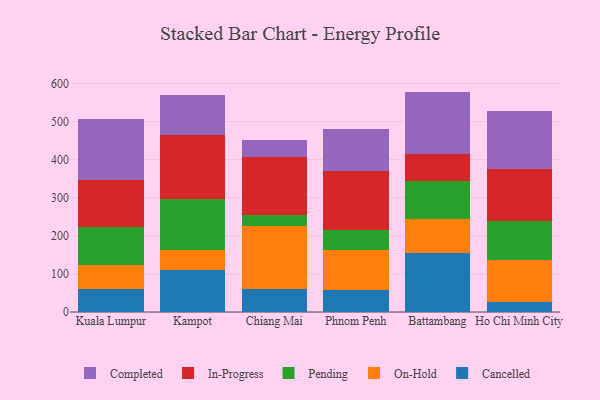
{"axis": {"x": "City", "y": "Net Income (USD K)"}, "legend": ["Cancelled", "Completed", "In-Progress", "On-Hold", "Pending"], "data": [{"x": "Kuala Lumpur", "y": 61.1, "type": "Cancelled"}, {"x": "Kuala Lumpur", "y": 62.0, "type": "On-Hold"}, {"x": "Kuala Lumpur", "y": 99.7, "type": "Pending"}, {"x": "Kuala Lumpur", "y": 123.4, "type": "In-Progress"}, {"x": "Kuala Lumpur", "y": 161.7, "type": "Completed"}, {"x": "Kampot", "y": 110.6, "type": "Cancelled"}, {"x": "Kampot", "y": 52.0, "type": "On-Hold"}, {"x": "Kampot", "y": 133.0, "type": "Pending"}, {"x": "Kampot", "y": 168.7, "type": "In-Progress"}, {"x": "Kampot", "y": 105.2, "type": "Completed"}, {"x": "Chiang Mai", "y": 60.1, "type": "Cancelled"}, {"x": "Chiang Mai", "y": 165.1, "type": "On-Hold"}, {"x": "Chiang Mai", "y": 28.8, "type": "Pending"}, {"x": "Chiang Mai", "y": 153.5, "type": "In-Progress"}, {"x": "Chiang Mai", "y": 44.6, "type": "Completed"}, {"x": "Phnom Penh", "y": 57.0, "type": "Cancelled"}, {"x": "Phnom Penh", "y": 106.8, "type": "On-Hold"}, {"x": "Phnom Penh", "y": 52.5, "type": "Pending"}, {"x": "Phnom Penh", "y": 153.5, "type": "In-Progress"}, {"x": "Phnom Penh", "y": 109.5, "type": "Completed"}, {"x": "Battambang", "y": 154.6, "type": "Cancelled"}, {"x": "Battambang", "y": 90.8, "type": "On-Hold"}, {"x": "Battambang", "y": 99.3, "type": "Pending"}, {"x": "Battambang", "y": 69.2, "type": "In-Progress"}, {"x": "Battambang", "y": 164.6, "type": "Completed"}, {"x": "Ho Chi Minh City", "y": 26.1, "type": "Cancelled"}, {"x": "Ho Chi Minh City", "y": 110.0, "type": "On-Hold"}, {"x": "Ho Chi Minh City", "y": 101.9, "type": "Pending"}, {"x": "Ho Chi Minh City", "y": 136.4, "type": "In-Progress"}, {"x": "Ho Chi Minh City", "y": 152.1, "type": "Completed"}]}